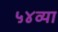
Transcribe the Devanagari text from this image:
५४व्या